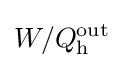
W/Q_{\text{h}}^{\text{out}}